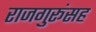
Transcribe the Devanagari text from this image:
राजगुरूंसह